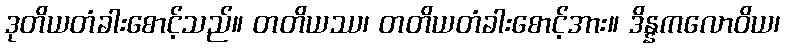
ဒုတိယတံခါးစောင့်သည်။ တတိယဿ၊ တတိယတံခါးစောင့်အား။ ဒိန္နကလောဝိယ၊